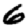
Digit: 6